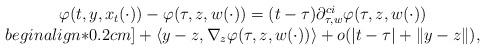
LaTeX: \begin{align*}\begin{array}{c}\varphi(t,y,x_t(\cdot)) - \varphi(\tau,z,w(\cdot)) = (t - \tau) \partial^{ci}_{\tau,w}\varphi(\tau,z,w(\cdot)) \\begin{align*}0.2cm]+ \langle y - z, \nabla_z \varphi(\tau,z,w(\cdot)) \rangle + o(|t - \tau| + \|y - z\|),\end{array}\end{align*}